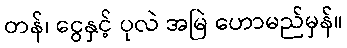
တန်၊ ငွေနှင့် ပုလဲ အမြဲ ဟောမည်မှန်။